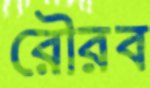
রৌরব